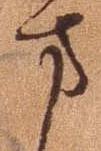
方